Report of an investigation into the causes of malaria in Bombay and the measures necessary for its control
Disease focus: Malaria
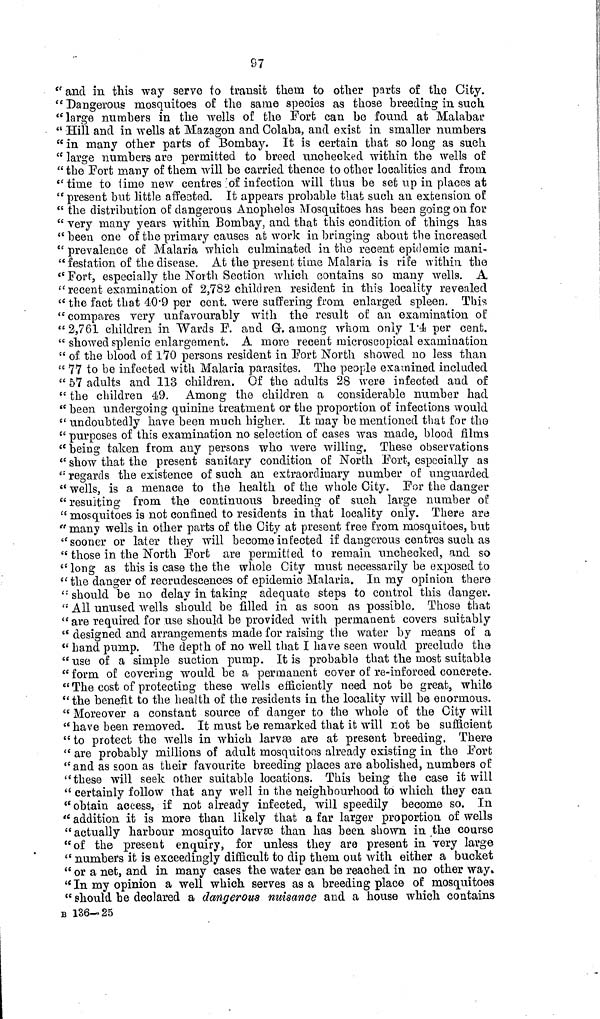
97
" and in this way serve to transit them to other parts of the City.
" Dangerous mosquitoes of the same species as those breeding in such
" large numbers in the wells of the Fort can be found at Malabar
" Hill and in wells at Mazagon and Colaba, and exist in smaller numbers
" in many other parts of Bombay. It is certain that so long as such
" large numbers are permitted to breed unchecked within the wells of
" the Fort many of them will be carried thence to other localities and from
"time to time new centres ' of infection will thus be set up in places at
" present but little affected. It appears probable that such an extension of
" the distribution of dangerous Anopheles Mosquitoes has been going on for
" very many years within Bombay, and that this condition of things has
"been one of the primary causes at work in bringing about the increased
" prevalence of Malaria which culminated in the recent epidemic mani-
" festation of the disease. At the present time Malaria is rife within the
" Fort, especially the North Section which contains so many wells. A
" recent examination of 2,782 children resident in this locality revealed
" the fact that 40.9 per cent. were suffering from enlarged spleen. This
" compares very unfavourably with the result of an examination of
"2,761 children in Wards F. and G. among whom only 1.4 per cent.
" showed splenic enlargement, A more recent microscopical examination
" of the blood of 170 persons resident in Fort North showed no less than
" 77 to be infected with Malaria parasites. The people examined included
" 57 adults and 113 children. Of the adults 28 were infected and of
" the children 49. Among the children a considerable number had
" been undergoing quinine treatment or the proportion of infections would
" undoubtedly have been much higher. It may be mentioned that for the
" purposes of this examination no selection of cases was made, blood films
" being taken from any persons who were willing. These observations
" show that the present sanitary condition of North Fort, especially as
" regards the existence of such an extraordinary number of unguarded
" wells, is a menace to the health of the whole City. For the danger
" resulting from the continuous breeding of such large number of
" mosquitoes is not confined to residents in that locality only. There are
" many wells in other parts of the City at present free from mosquitoes, but
"sooner or later they will become infected if dangerous centres such as
" those in the North Fort are permitted to remain unchecked, and so
" long as this is case the the whole City must necessarily be exposed to
" the danger of recrudescences of epidemic Malaria. In my opinion there
" should be no delay in taking adequate steps to control this danger.
" All unused wells should be filled in as soon as possible. Those that
" are required for use should be provided with permanent covers suitably
" designed and arrangements made for raising the water by means of a
" hand pump. The depth of no well that I have seen would preclude the
"use of a simple suction pump. It is probable that the most suitable
" form of covering would be a permanent cover of re-inforced concrete.
" The cost of protecting these wells efficiently need not be great, while
" the benefit to the health of the residents in the locality will be enormous.
" Moreover a constant source of danger to the whole of the City will
" have been removed. It must be remarked that it will not be sufficient
" to protect the wells in which larvæ are at present breeding. There
" are probably millions of adult mosquitoes already existing in the Fort
" and as soon as their favourite breeding places are abolished, numbers of
"these will seek other suitable locations. This being the case it will
" certainly follow that any well in the neighbourhood to which they can
" obtain access, if not already infected, will speedily become so. In
" addition it is more than likely that a far larger proportion of wells
"actually harbour mosquito larvas than has been shown in the course
"of the present enquiry, for unless they are present in very large
" numbers it is exceedingly difficult to dip them out with either a bucket
" or a net, and in many cases the water can be reached in no other way.
" In my opinion a well which serves as a breeding place of mosquitoes
" should be declared a dangerous nuisance and a house which contains
B 136-25